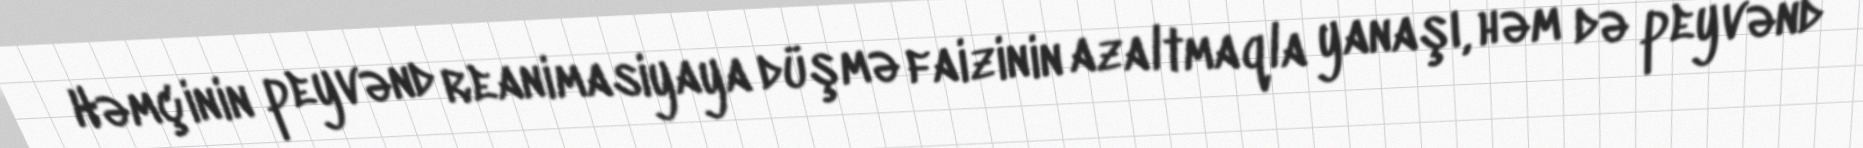
Həmçinin peyvənd reanimasiyaya düşmə faizinin azaltmaqla yanaşı, həm də peyvənd